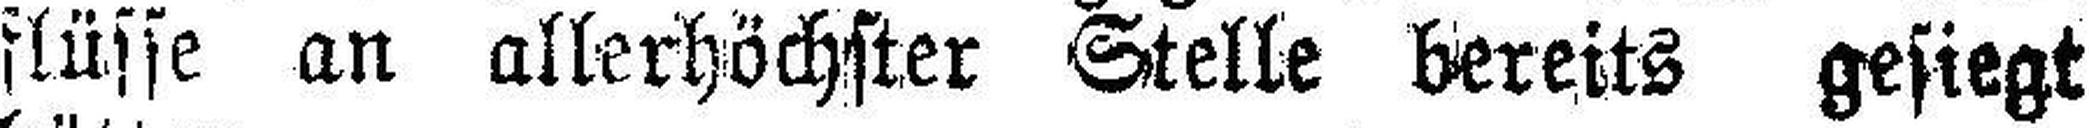
flüsse an allerhöchster Stelle bereits gesiegt